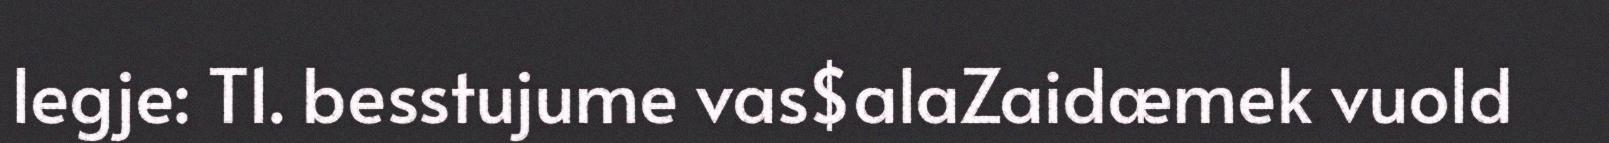
legje: T1. besstujume vas$alaZaidæmek vuold